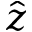
\hat { z }